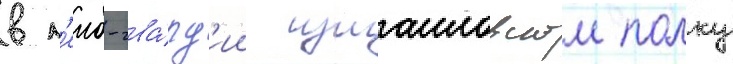
в л'еиб-гва́рд'ии измаиловском полку